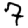
Digit: 7